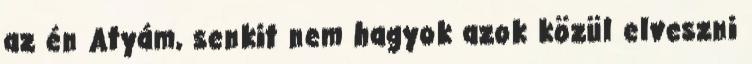
az én Atyám, senkit nem hagyok azok közül elveszni